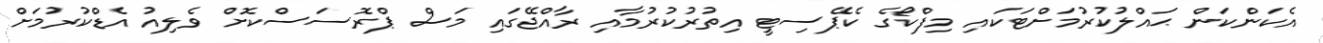
އެކަންކަން ޙައްލުކުރުމަށްޓަކައި މިފްކޯގެ ކެޕޭސިޓީ އިތުރުކުރުމާއި ރާއްޖޭގައި މަސް ޕްރޮސަސްކޮށް ވެލިއު އެޑްކުރުމަށް